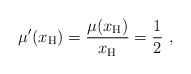
\begin{align*}\mu'(x_{\rm H}) = \frac{\mu(x_{\rm H})}{x_{\rm H}} = \frac{1}{2}\ , \end{align*}